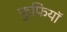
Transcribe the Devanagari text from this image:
फुफियाॅ